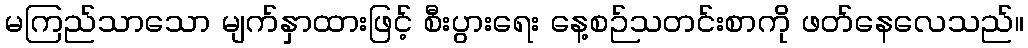
မကြည်သာသော မျက်နှာထားဖြင့် စီးပွားရေး နေ့စဉ်သတင်းစာကို ဖတ်နေလေသည်။